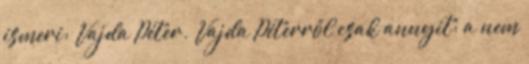
ismeri: Vajda Péter. Vajda Péterről csak annyit: a nem